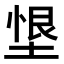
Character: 𭏂